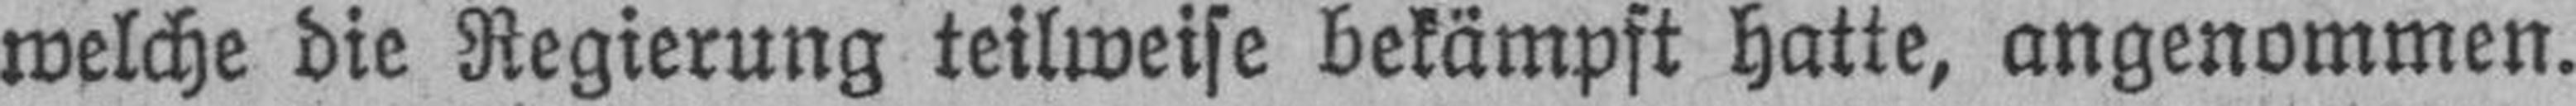
welche die Regierung teilweise bekämpft hatte, angenommen.